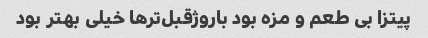
پیتزا بی طعم و مزه بود باروژقبل‌تر‌ها خیلی بهتر بود